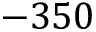
- 3 5 0